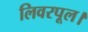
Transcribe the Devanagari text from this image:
लिवरपूल।